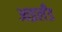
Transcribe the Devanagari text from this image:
आइलॅंड